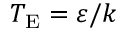
T _ { \mathrm { { E } } } = \varepsilon / k